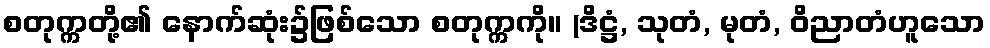
စတုက္ကတို့၏ နောက်ဆုံး၌ဖြစ်သော စတုက္ကကို။ (ဒိဋ္ဌံ, သုတံ, မုတံ, ဝိညာတံဟူသော